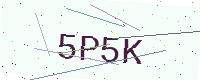
Text: 5P5K